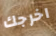
اخرجك